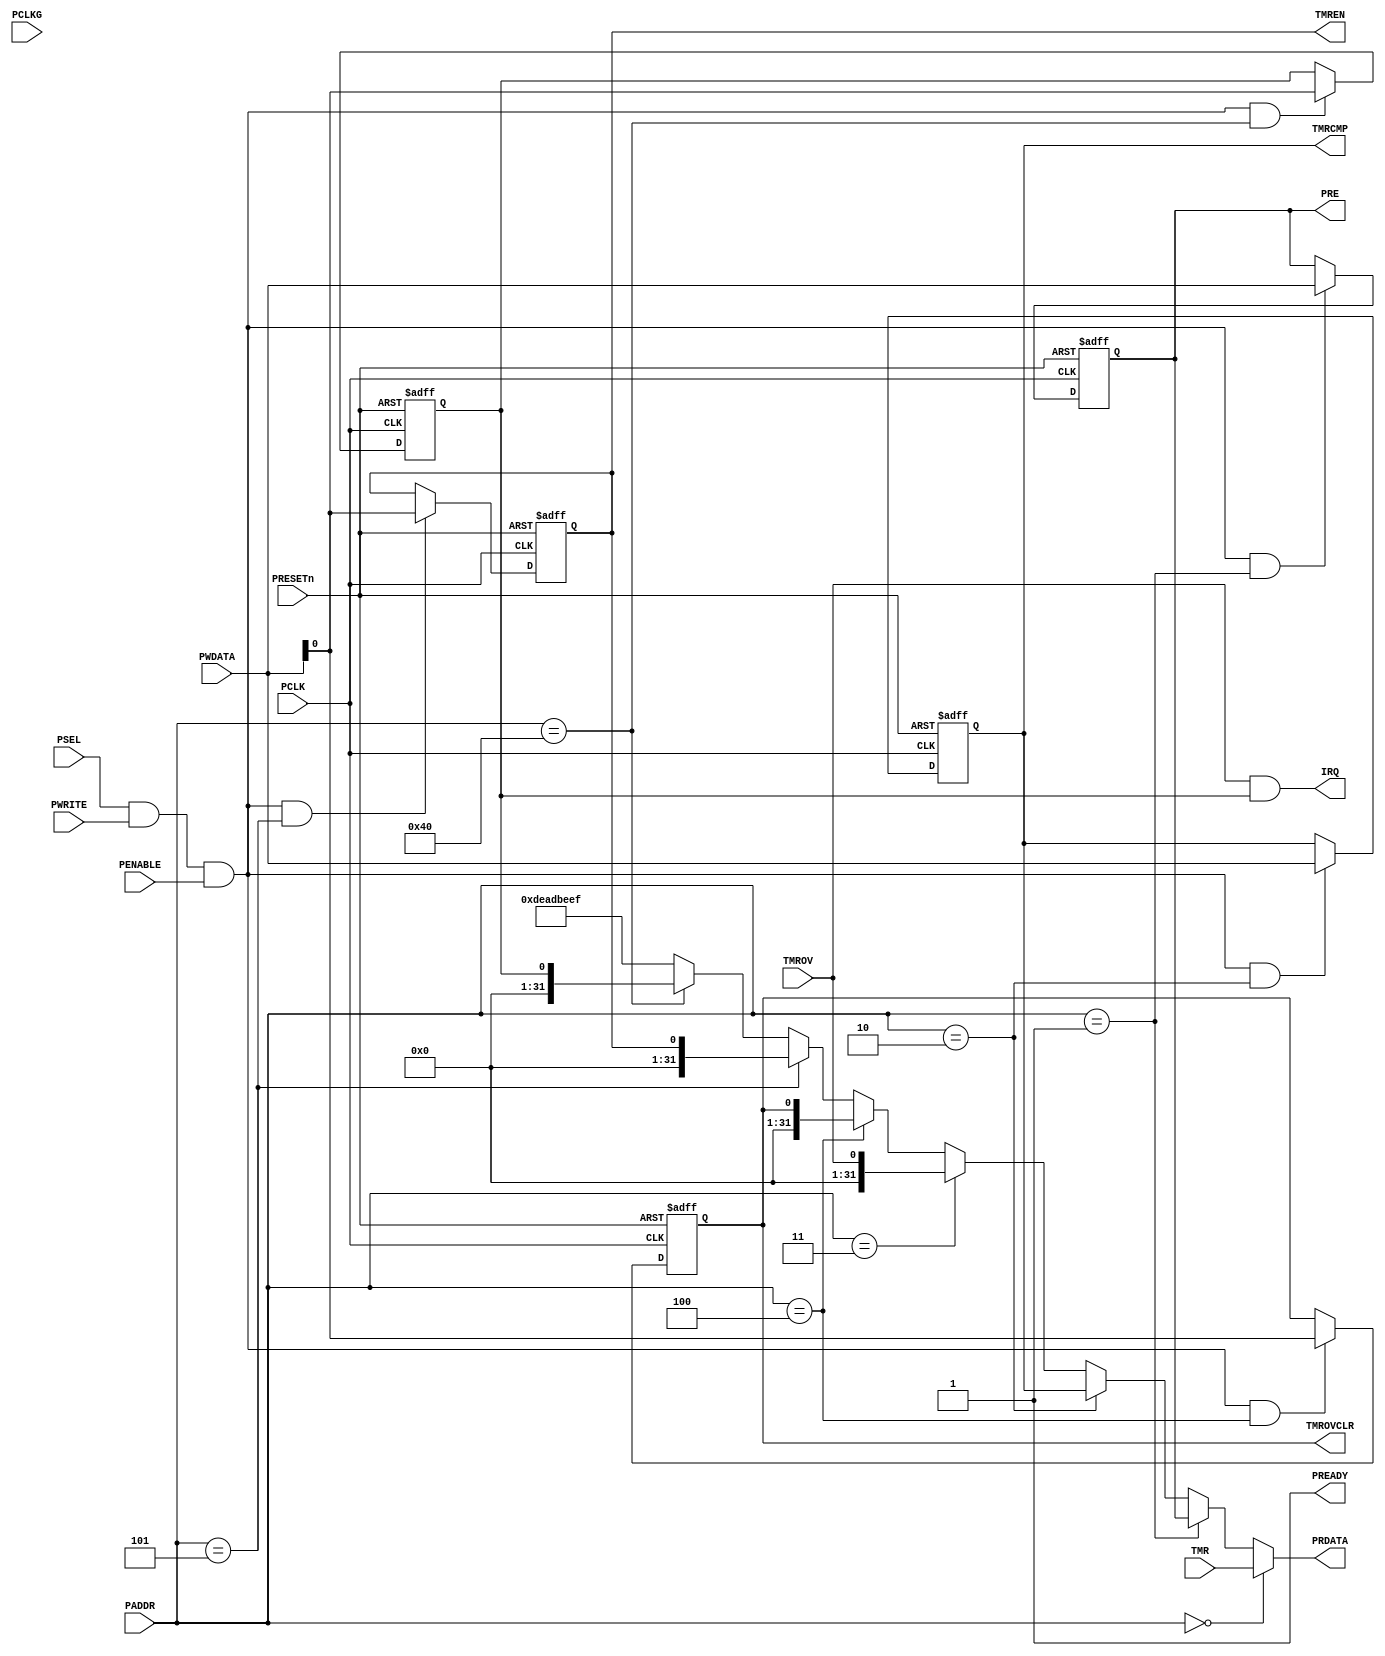
module APB_TIMER32 (
	// APB Interface
	// clock and reset 
	input  wire        PCLK,    
	input  wire        PCLKG,   // Gated clock
	input  wire        PRESETn, // Reset

	// input ports
	input  wire        PSEL,    // Select
	input  wire [19:2] PADDR,   // Address
	input  wire        PENABLE, // Transfer control
	input  wire        PWRITE,  // Write control
	input  wire [31:0] PWDATA,  // Write data

	// output ports
	output wire [31:0] PRDATA,  // Read data
	output wire        PREADY,
	// Device ready

	// IP Interface
	output		IRQ,

	// TMR register/fields
	input [31:0] TMR,


	// PRE register/fields
	output [31:0] PRE,


	// TMRCMP register/fields
	output [31:0] TMRCMP,


	// TMROV register/fields
	input [0:0] TMROV,


	// TMROVCLR register/fields
	output [0:0] TMROVCLR,


	// TMREN register/fields
	output [0:0] TMREN

);
	wire rd_enable;
	wire wr_enable;
	assign  rd_enable = PSEL & (~PWRITE); 
	assign  wr_enable = PSEL & PWRITE & (PENABLE); 
	assign  PREADY = 1'b1;
    

    reg [31:0] PRE;

    reg [31:0] TMRCMP;

    reg [0:0] TMROVCLR;

    reg [0:0] TMREN;

    wire[31:0] TMR;
    wire[0:0] TMROV;

	// Register: PRE
	wire PRE_select = wr_enable & (PADDR[19:2] == 18'h1);

    always @(posedge PCLK or negedge PRESETn)
    begin
        if (~PRESETn)
            PRE <= 32'h0;
        else if (PRE_select)
            PRE <= PWDATA;
    end
    
	// Register: TMRCMP
	wire TMRCMP_select = wr_enable & (PADDR[19:2] == 18'h2);

    always @(posedge PCLK or negedge PRESETn)
    begin
        if (~PRESETn)
            TMRCMP <= 32'h0;
        else if (TMRCMP_select)
            TMRCMP <= PWDATA;
    end
    
	// Register: TMROVCLR
	wire TMROVCLR_select = wr_enable & (PADDR[19:2] == 18'h4);

    always @(posedge PCLK or negedge PRESETn)
    begin
        if (~PRESETn)
            TMROVCLR <= 1'h0;
        else if (TMROVCLR_select)
            TMROVCLR <= PWDATA;
    end
    
	// Register: TMREN
	wire TMREN_select = wr_enable & (PADDR[19:2] == 18'h5);

    always @(posedge PCLK or negedge PRESETn)
    begin
        if (~PRESETn)
            TMREN <= 1'h0;
        else if (TMREN_select)
            TMREN <= PWDATA;
    end
    

	// IRQ Enable Register @ offset 0x100
	reg[0:0] IRQEN;
	wire IRQEN_select = wr_enable & (PADDR[19:2] == 18'h40);

    always @(posedge PCLK or negedge PRESETn)
    begin
        if (~PRESETn)
            IRQEN <= 1'h0;
        else if (IRQEN_select)
            IRQEN <= PWDATA;
    end
    
	assign IRQ = ( TMROV & IRQEN[0] ) ;

	assign PRDATA = 
		(PADDR[19:2] == 18'h0) ? TMR : 
		(PADDR[19:2] == 18'h1) ? PRE : 
		(PADDR[19:2] == 18'h2) ? TMRCMP : 
		(PADDR[19:2] == 18'h3) ? {31'd0,TMROV} : 
		(PADDR[19:2] == 18'h4) ? {31'd0,TMROVCLR} : 
		(PADDR[19:2] == 18'h5) ? {31'd0,TMREN} : 
		(PADDR[19:2] == 18'h40) ? {31'd0,IRQEN} : 
		32'hDEADBEEF;

endmodule